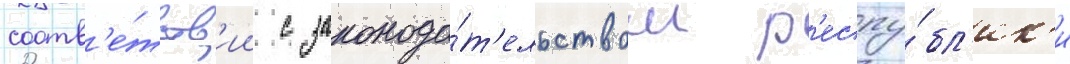
соотв'е́тств'ии с законода́т'ельством р'еспу́бл'ик'и